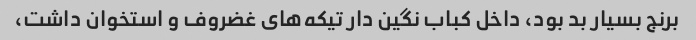
برنج بسیار بد بود، داخل کباب نگین دار تیکه‌های غضروف و استخوان داشت،